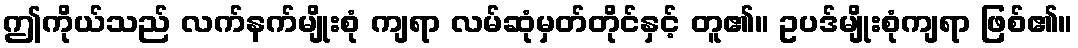
ဤကိုယ်သည် လက်နက်မျိုးစုံ ကျရာ လမ်ဆုံမှတ်တိုင်နှင့် တူ၏။ ဥပဒ်မျိုးစုံကျရာ ဖြစ်၏။